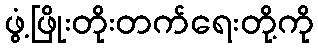
ဖွံ့ဖြိုးတိုးတက်ရေးတို့ကို